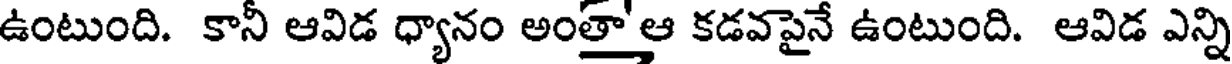
ఉంటుంది. కానీ ఆవిడ ధ్యానం అంతా'ఆ కడవపైనే ఉంటుంది. ఆవిడ ఎన్ని